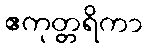
ဧကုတ္တရိကာ